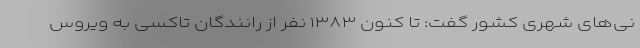
نی‌های شهری کشور گفت: تا کنون ۱۳۸۳ نفر از رانندگان تاکسی به ویروس